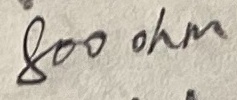
Text: 800ohm